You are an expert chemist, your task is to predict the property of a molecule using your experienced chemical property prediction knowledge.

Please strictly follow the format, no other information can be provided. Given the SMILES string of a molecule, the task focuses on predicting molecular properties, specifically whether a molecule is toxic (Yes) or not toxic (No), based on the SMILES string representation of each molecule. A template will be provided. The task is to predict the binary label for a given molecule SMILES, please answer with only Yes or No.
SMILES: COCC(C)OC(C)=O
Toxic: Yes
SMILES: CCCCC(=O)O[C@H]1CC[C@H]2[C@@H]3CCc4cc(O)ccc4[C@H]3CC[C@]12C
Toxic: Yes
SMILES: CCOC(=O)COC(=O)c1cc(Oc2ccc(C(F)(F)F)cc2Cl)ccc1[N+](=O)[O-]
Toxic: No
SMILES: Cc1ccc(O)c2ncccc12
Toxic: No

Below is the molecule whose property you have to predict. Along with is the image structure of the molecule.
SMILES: CCCCCCCCCCCCc1ccccc1
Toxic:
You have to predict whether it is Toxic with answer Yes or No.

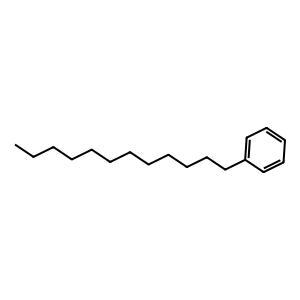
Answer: No